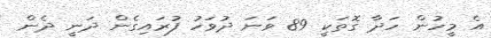
އެ މީހުން ހަދާ ގޮތަކީ 89 ވަނަ ދުވަހު ފުރައިގެން ދަނީ ދެން